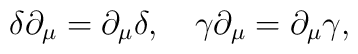
\delta\partial_\mu=\partial_\mu \delta,\quad\gamma\partial_\mu=\partial_\mu\gamma,